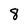
Character: 8